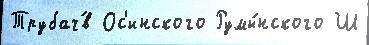
Трубач́в Ос'инского Румы́нского Ш